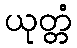
ယုတ္တံ